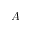
A